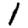
Digit: 1